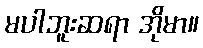
မပါဘူးဆရာ အိုမာ။